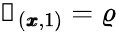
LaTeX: \mathscr{s}_{(\pmb{x},1)}=\varrho